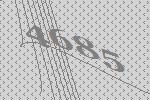
4685